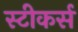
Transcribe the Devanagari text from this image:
स्टीकर्स